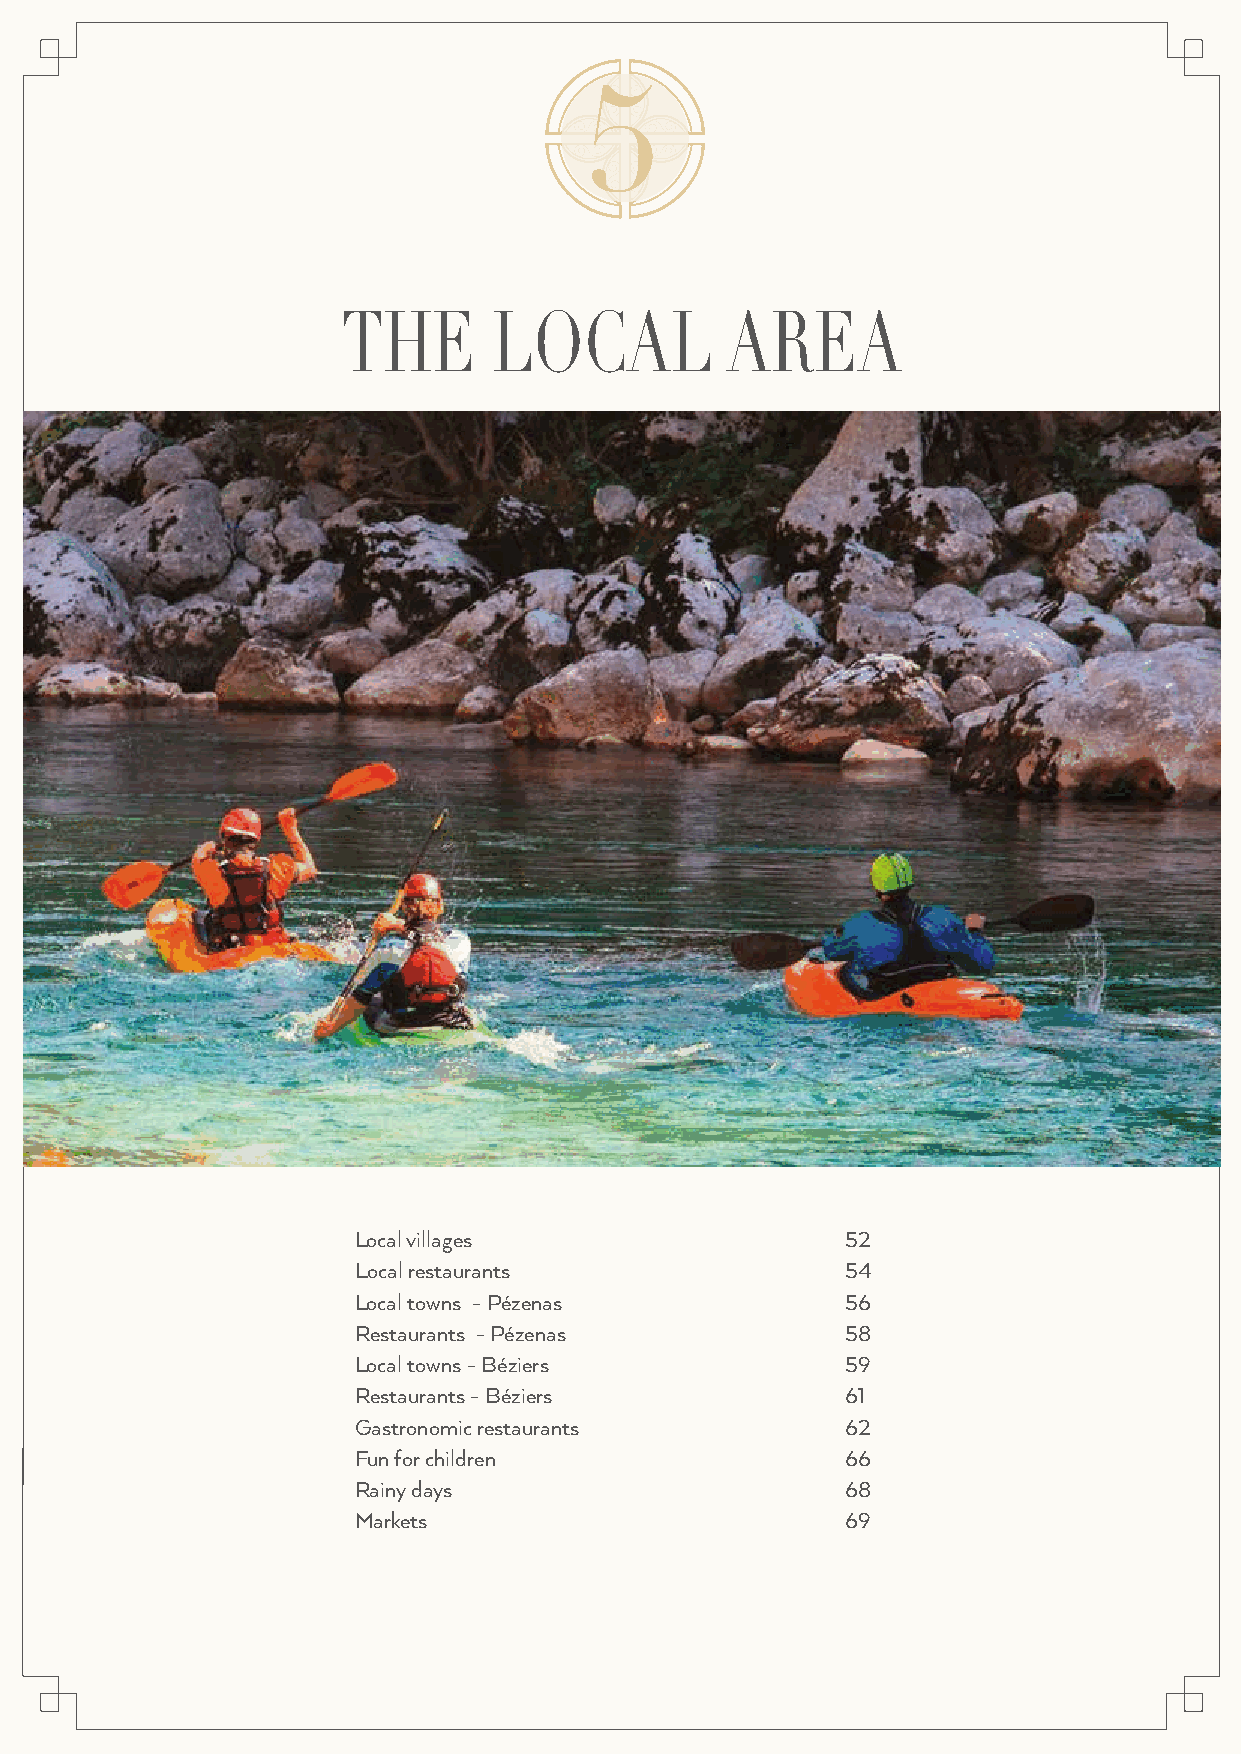
15
 THE      XLXOXCXAXL     XAREA
 Local villages                   52
 Local restaurants                54
 Local towns - Pézenas            56
 Restaurants - Pézenas            58
 Local towns - Béziers            59
 Restaurants - Béziers            61
 Gastronomic restaurants          62
 Fun for children                 66
 Rainy days                       68
 Markets                          69
 50